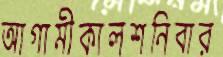
আগামীকালশনিবার